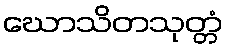
ဃောသိတသုတ္တံ